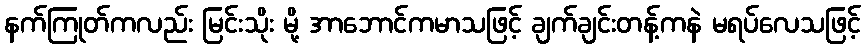
နက်ကြုတ်ကလည်း မြင်းသိုး မို့ အာဘောင်ကမာသဖြင့် ချက်ချင်းတန့်ကနဲ မရပ်လေသဖြင့်